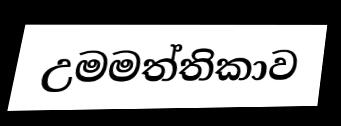
උමමත්තිකාව